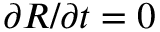
\partial R / \partial t = 0